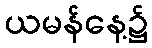
ယမန်နေ့၌